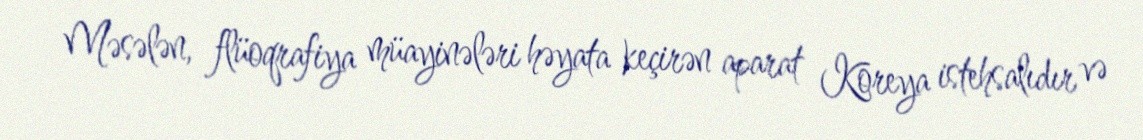
Məsələn, flüoqrafiya müayinələri həyata keçirən aparat Koreya istehsalıdır və